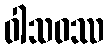
ဝါသဝဿ